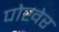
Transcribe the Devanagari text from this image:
पोखेर